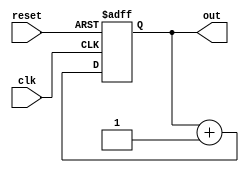
module simple_assign (
    input wire clk,
    input wire reset,
    output reg out
);

reg internal_signal;

always @(posedge clk or posedge reset) begin
    if (reset) begin
        internal_signal <= 0;
    end else begin
        internal_signal <= internal_signal + 1; // Example increment operation
    end
end

assign out = internal_signal;

endmodule